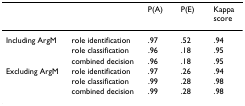
<table><thead><tr><td></td><td></td><td><b>P(A)</b></td><td><b>P(E)</b></td><td><b>Kappa score</b></td></tr></thead><tbody><tr><td>Including ArgM</td><td>role identification</td><td>.97</td><td>.52</td><td>.94</td></tr><tr><td></td><td>role classification</td><td>.96</td><td>.18</td><td>.95</td></tr><tr><td></td><td>combined decision</td><td>.96</td><td>.18</td><td>.95</td></tr><tr><td>Excluding ArgM</td><td>role identification</td><td>.97</td><td>.26</td><td>.94</td></tr><tr><td></td><td>role classification</td><td>.99</td><td>.28</td><td>.98</td></tr><tr><td></td><td>combined decision</td><td>.99</td><td>.28</td><td>.98</td></tr></tbody></table>